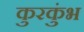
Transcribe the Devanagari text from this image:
कुरकुंभ